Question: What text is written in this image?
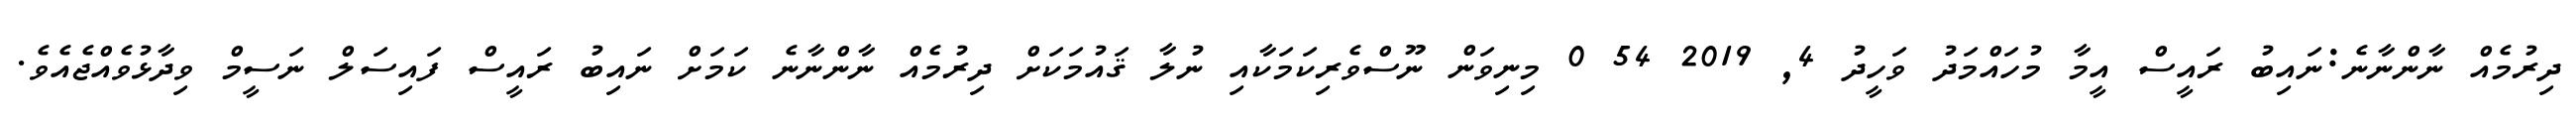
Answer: ދިރުމެއް ނާންނާނެ:ނައިބު ރައީސް އީމާ މުހައްމަދު ވަހީދު 4, 2019 54 0 މިނިވަން ނޫސްވެރިކަމަކާއި ނުލާ ޤައުމަކަށް ދިރުމެއް ނާންނާނެ ކަމަށް ނައިބު ރައީސް ފައިސަލް ނަސީމް ވިދާޅުވެއްޖެއެވެ.